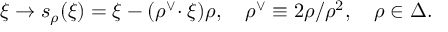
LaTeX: \xi \to s _ { \rho } ( \xi ) = \xi - ( \rho ^ { \vee } \! \cdot \xi ) \rho , \quad \rho ^ { \vee } \equiv 2 \rho / \rho ^ { 2 } , \quad \rho \in \Delta .